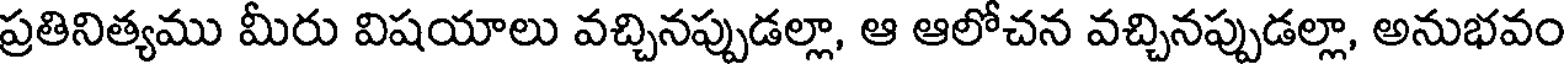
ప్రతినిత్యము మీరు విషయాలు వచ్చినప్పుడల్లా, ఆ ఆలోచన వచ్చినప్పుడల్లా, అనుభవం